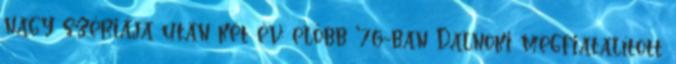
nagy szériája után két év: előbb '76-ban Dalnoki megfiatalított